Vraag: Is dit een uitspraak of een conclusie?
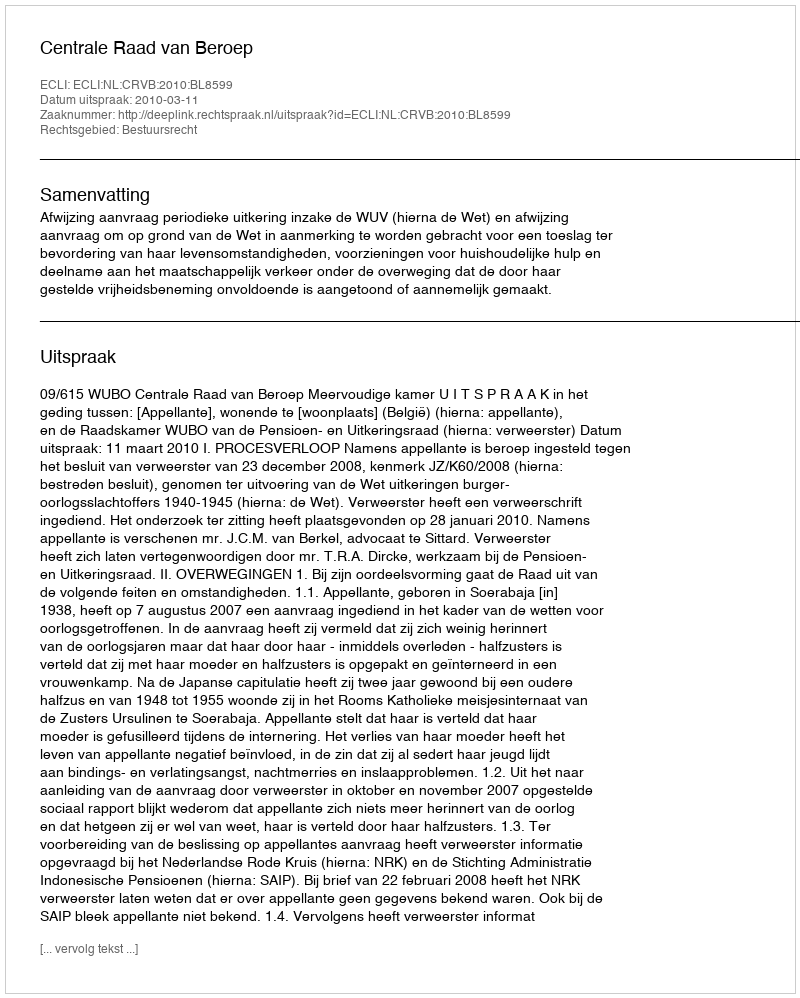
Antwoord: Uitspraak